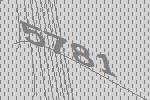
5781